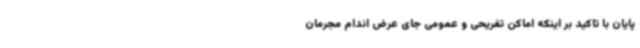
پایان با تاکید بر اینکه اماکن تفریحی و عمومی جای عرض اندام مجرمان